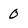
Character: 0